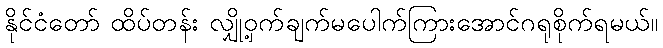
နိုင်ငံတော် ထိပ်တန်း လျှို့ဝှက်ချက်မပေါက်ကြားအောင်ဂရုစိုက်ရမယ်။